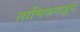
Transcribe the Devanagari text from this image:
तामिळनाडूने